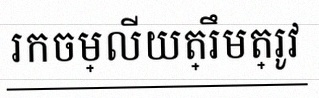
រកចម្លើយត្រឹមត្រូវ